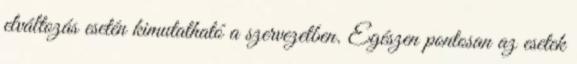
elváltozás esetén kimutatható a szervezetben. Egészen pontosan az esetek